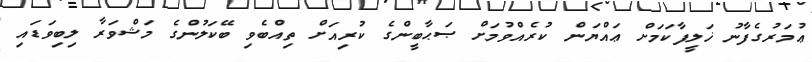
ޢުމަރުގެފާނު ޚަލީފާކަމަށް ޢައްޔަން ކުރެއްވުމަށް ޞަޙާބީންގެ ކުރިއަށް ތިއްބެވި ބޭކަލުންގެ މަޝްވަރާ ލިބިވަޑައި